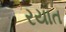
રયાત